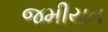
જમીયત